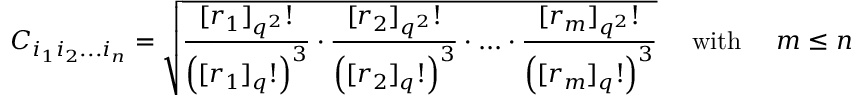
C _ { i _ { 1 } i _ { 2 } . . . i _ { n } } = \sqrt { \frac { [ r _ { 1 } ] _ { q ^ { 2 } } ! } { \left( [ r _ { 1 } ] _ { q } ! \right) ^ { 3 } } \cdot \frac { [ r _ { 2 } ] _ { q ^ { 2 } } ! } { \left( [ r _ { 2 } ] _ { q } ! \right) ^ { 3 } } \cdot . . . \cdot \frac { [ r _ { m } ] _ { q ^ { 2 } } ! } { \left( [ r _ { m } ] _ { q } ! \right) ^ { 3 } } } \mathrm { \quad ~ w i t h ~ \quad } m \le n